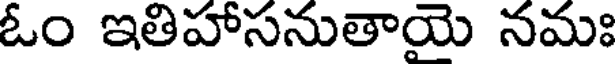
ఓం ఇతిహాసనుతాయె నమః